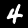
Label: 4